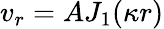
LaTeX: v_{r}=AJ_{1}(\kappa r)